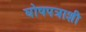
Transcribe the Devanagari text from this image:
घोषपत्राशी